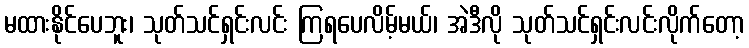
မထားနိုင်ပေဘူး၊ သုတ်သင်ရှင်းလင်း ကြရပေလိမ့်မယ်၊ အဲဒီလို သုတ်သင်ရှင်းလင်းလိုက်တော့